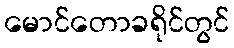
မောင်တောခရိုင်တွင်